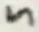
Text: 5